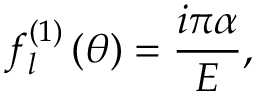
f _ { l } ^ { \left( 1 \right) } \left( \theta \right) = \frac { i \pi \alpha } { E } , \qquad